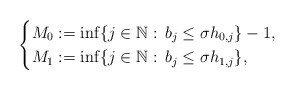
\begin{align*}\begin{cases}M_0 :=\inf\{j \in \mathbb{N}:\, b_j \leq \sigma h_{0,j}\}-1, &\\M_1 :=\inf\{j \in \mathbb{N}:\, b_j \leq \sigma h_{1,j}\}, &\end{cases}\end{align*}